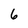
Character: 6